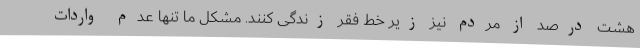
هشت درصد از مردم نیز زیر خط فقر زندگی کنند. مشکل ما تنها عدم واردات